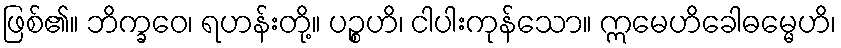
ဖြစ်၏။ ဘိက္ခဝေ၊ ရဟန်းတို့။ ပဉ္စဟိ၊ ငါပါးကုန်သော။ ဣမေဟိခေါဓမ္မေဟိ၊